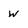
Character: W